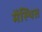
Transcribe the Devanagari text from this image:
मेंस्थित